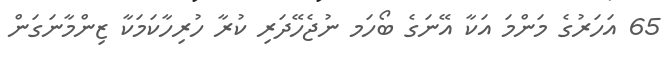
65 އަހަރުގެ މަންމަ އަކާ އޭނަގެ ބޯހަމ ނުޖެހޭދަރި ކުރާ ހުރިހާކަމަކާ ޒިންމާނަގަން